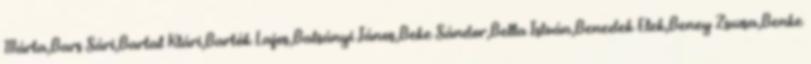
Márta,Bars Sári,Bartal Klári,Bartók Lajos,Batsányi János,Beke Sándor,Bella István,Benedek Elek,Beney Zsuzsa,Benke